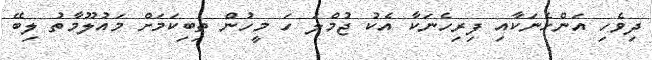
ދިވެހި އަންހެނަކާއި ފިރިހެނަކާ އެކު ޖުމްލަ ހަ މީހުން ތިބިކަމަށް މައުލޫމާތު ލިބޭ